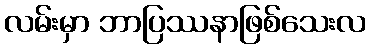
လမ်းမှာ ဘာပြဿနာဖြစ်သေးလ